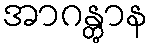
အာဂန္တွာန